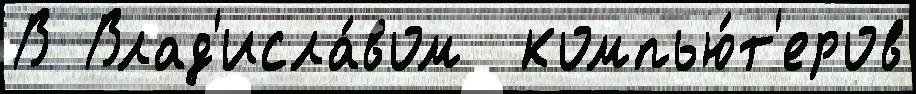
В Влад'исла́вом  компью́т'еров